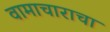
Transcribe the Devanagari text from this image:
वामाचाराचा